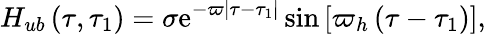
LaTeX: H_{ub}\left(\tau,\tau_{1}\right)=\sigma\mathrm{e}^{-\varpi\left|\tau-\tau_{1}\right|}\sin\left[\varpi_{h}\left(\tau-\tau_{1}\right)\right],